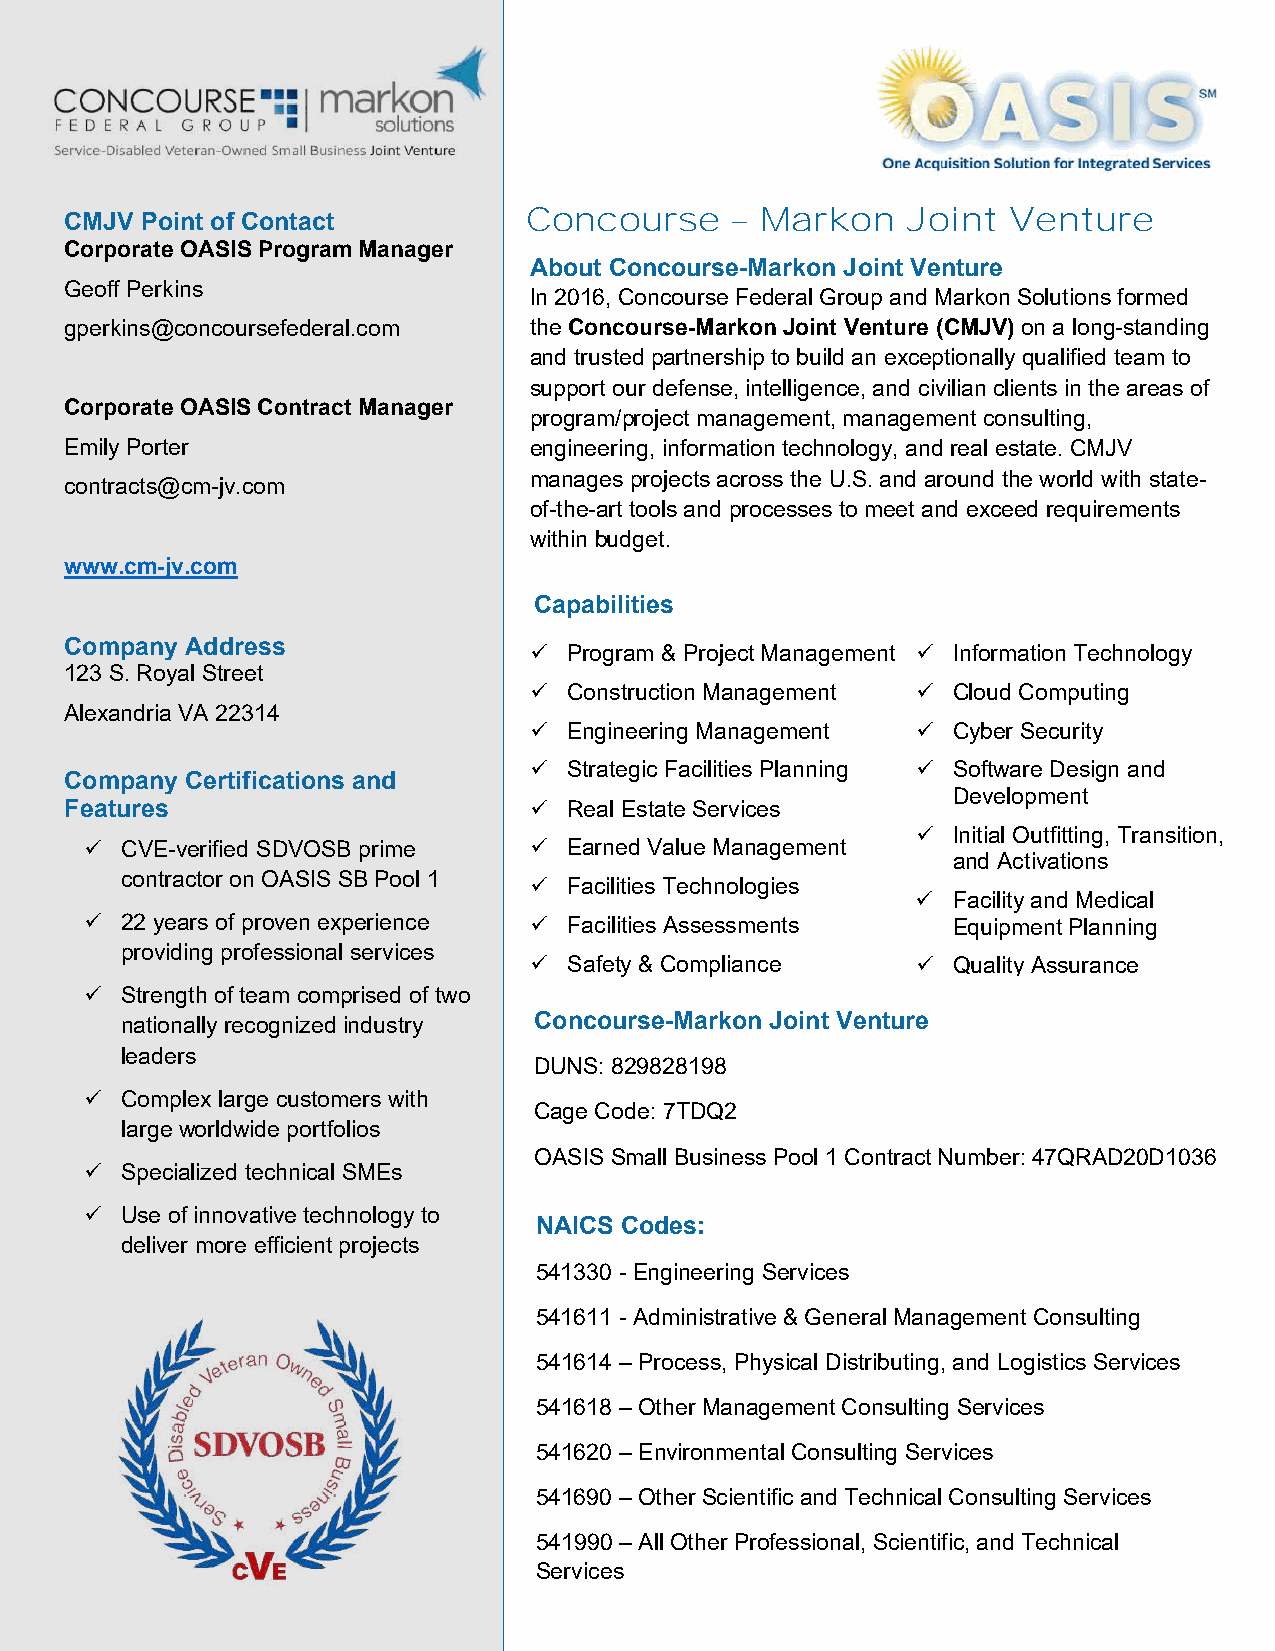
Concourse    – Markon    Joint  Venture
 CMJV Point of Contact
 Corporate OASIS Program Manager
 About Concourse-Markon Joint Venture
 Geoff Perkins
 In 2016, Concourse Federal Group and Markon Solutions formed
 gperkins@concoursefederal.com  the Concourse-Markon Joint Venture (CMJV) on a long-standing
 and trusted partnership to build an exceptionally qualified team to
 support our defense, intelligence, and civilian clients in the areas of
 Corporate OASIS Contract Manager
 program/project management, management consulting,
 Emily Porter                   engineering, information technology, and real estate. CMJV
 manages projects across the U.S. and around the world with state-
 contracts@cm-jv.com
 of-the-art tools and processes to meet and exceed requirements
 within budget.
 www.cm-jv.com
 Capabilities
 Company Address                  Program & Project Management  Information Technology
 123 S. Royal Street
   Construction Management  Cloud Computing
 Alexandria VA 22314
   Engineering Management  Cyber Security
   Strategic Facilities Planning  Software Design and
 Company Certifications and
 Development
 Features                         Real Estate Services
  Initial Outfitting, Transition,
  CVE-verified SDVOSB prime    Earned Value Management
 and Activations
 contractor on OASIS SB Pool 1  Facilities Technologies
  Facility and Medical
  22 years of proven experience  Facilities Assessments Equipment Planning
 providing professional services
   Safety & Compliance     Quality Assurance
  Strength of team comprised of two
 nationally recognized industry Concourse-Markon Joint Venture
 leaders
 DUNS: 829828198
  Complex large customers with
 Cage Code: 7TDQ2
 large worldwide portfolios
 OASIS Small Business Pool 1 Contract Number: 47QRAD20D1036
  Specialized technical SMEs
  Use of innovative technology to
 NAICS Codes:
 deliver more efficient projects
 541330 - Engineering Services
 541611 - Administrative & General Management Consulting
 541614 – Process, Physical Distributing, and Logistics Services
 541618 – Other Management Consulting Services
 541620 – Environmental Consulting Services
 541690 – Other Scientific and Technical Consulting Services
 541990 – All Other Professional, Scientific, and Technical
 Services